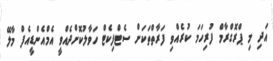
އަދި މި ޕްރޮގްރާމް ފުރިހަމަ ކުރެއްވި ފަރާތްތަކަށް ސެޓްފިކެޓް ހަވާލުކޮށްދެއްވީ އެމްއެންޑީއެފް މާލޭ